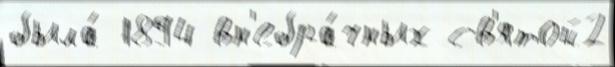
была́ 1894 вн'ебра́чных св'ятой2